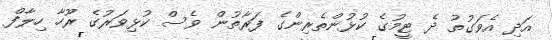
އަދި އެވަގުތު ދެ ޓީމުގެ ކުޅުންތެރިންގެ ފަރާތުން ވެސް ކުޅިވަރުގެ ރޫހާ ހިލާފް